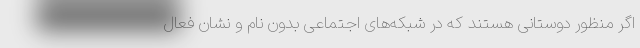
اگر منظور دوستانی هستند که در شبکه‌های اجتماعی بدون نام و نشان فعال